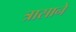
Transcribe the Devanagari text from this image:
त्रासाने